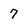
Character: 7